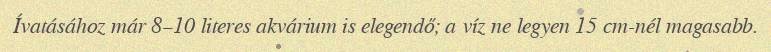
Ívatásához már 8–10 literes akvárium is elegendő; a víz ne legyen 15 cm-nél magasabb.